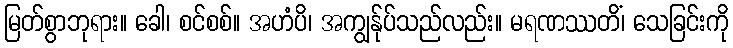
မြတ်စွာဘုရား။ ခေါ၊ စင်စစ်။ အဟံပိ၊ အကျွန်ုပ်သည်လည်း။ မရဏဿတိံ၊ သေခြင်းကို